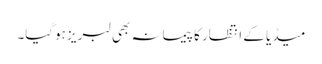
میڈیا کے انتظار کا پیمانہ بھی لبریز ہوگیا۔